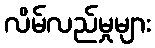
လိမ်လည်မှုများ